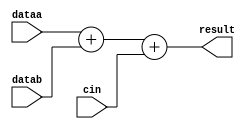
// Quartus II Verilog Template
// Signed adder

module signed_adder
#(parameter WIDTH=16)
(
	input signed [WIDTH-1:0] dataa,
	input signed [WIDTH-1:0] datab,
	input cin,
	output [WIDTH:0] result
);

	assign result = dataa + datab + cin;

endmodule